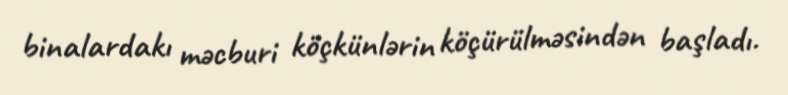
binalardakı məcburi köçkünlərin köçürülməsindən başladı.